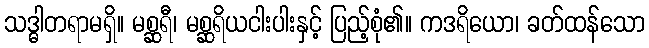
သဒ္ဓါတရာမရှိ။ မစ္ဆရီ၊ မစ္ဆရိယငါးပါးနှင့် ပြည့်စုံ၏။ ကဒရိယော၊ ခတ်ထန်သော